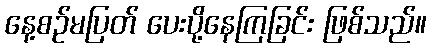
နေ့စဉ်မပြတ် ပေးပို့နေကြခြင်း ဖြစ်သည်။